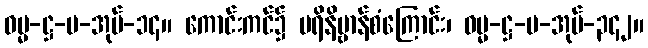
ဓမ္မ-ဋ္ဌ-ပ-အုပ်-၁၄။ ကောင်းကင်၌ ပရိနိဗ္ဗာန်စံကြောင်း၊ ဓမ္မ-ဋ္ဌ-ပ-အုပ်-၃၄၂။